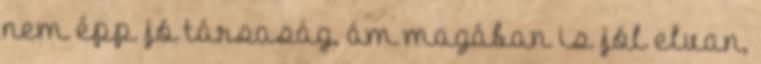
nem épp jó társaság, ám magában is jól elvan,